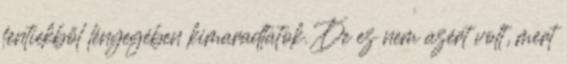
fentiekből lényegében kimaradtatok. De ez nem azért volt, mert